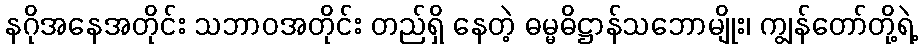
နဂိုအနေအတိုင်း သဘာဝအတိုင်း တည်ရှိ နေတဲ့ ဓမ္မဓိဋ္ဌာန်သဘောမျိုး၊ ကျွန်တော်တို့ရဲ့